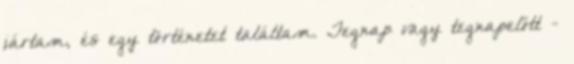
jártam, és egy történetet találtam. Tegnap vagy tegnapelőtt -